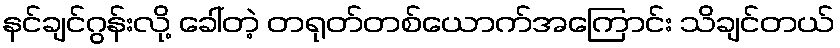
နင်ချင်ဂွန်းလို့ ခေါ်တဲ့ တရုတ်တစ်ယောက်အကြောင်း သိချင်တယ်